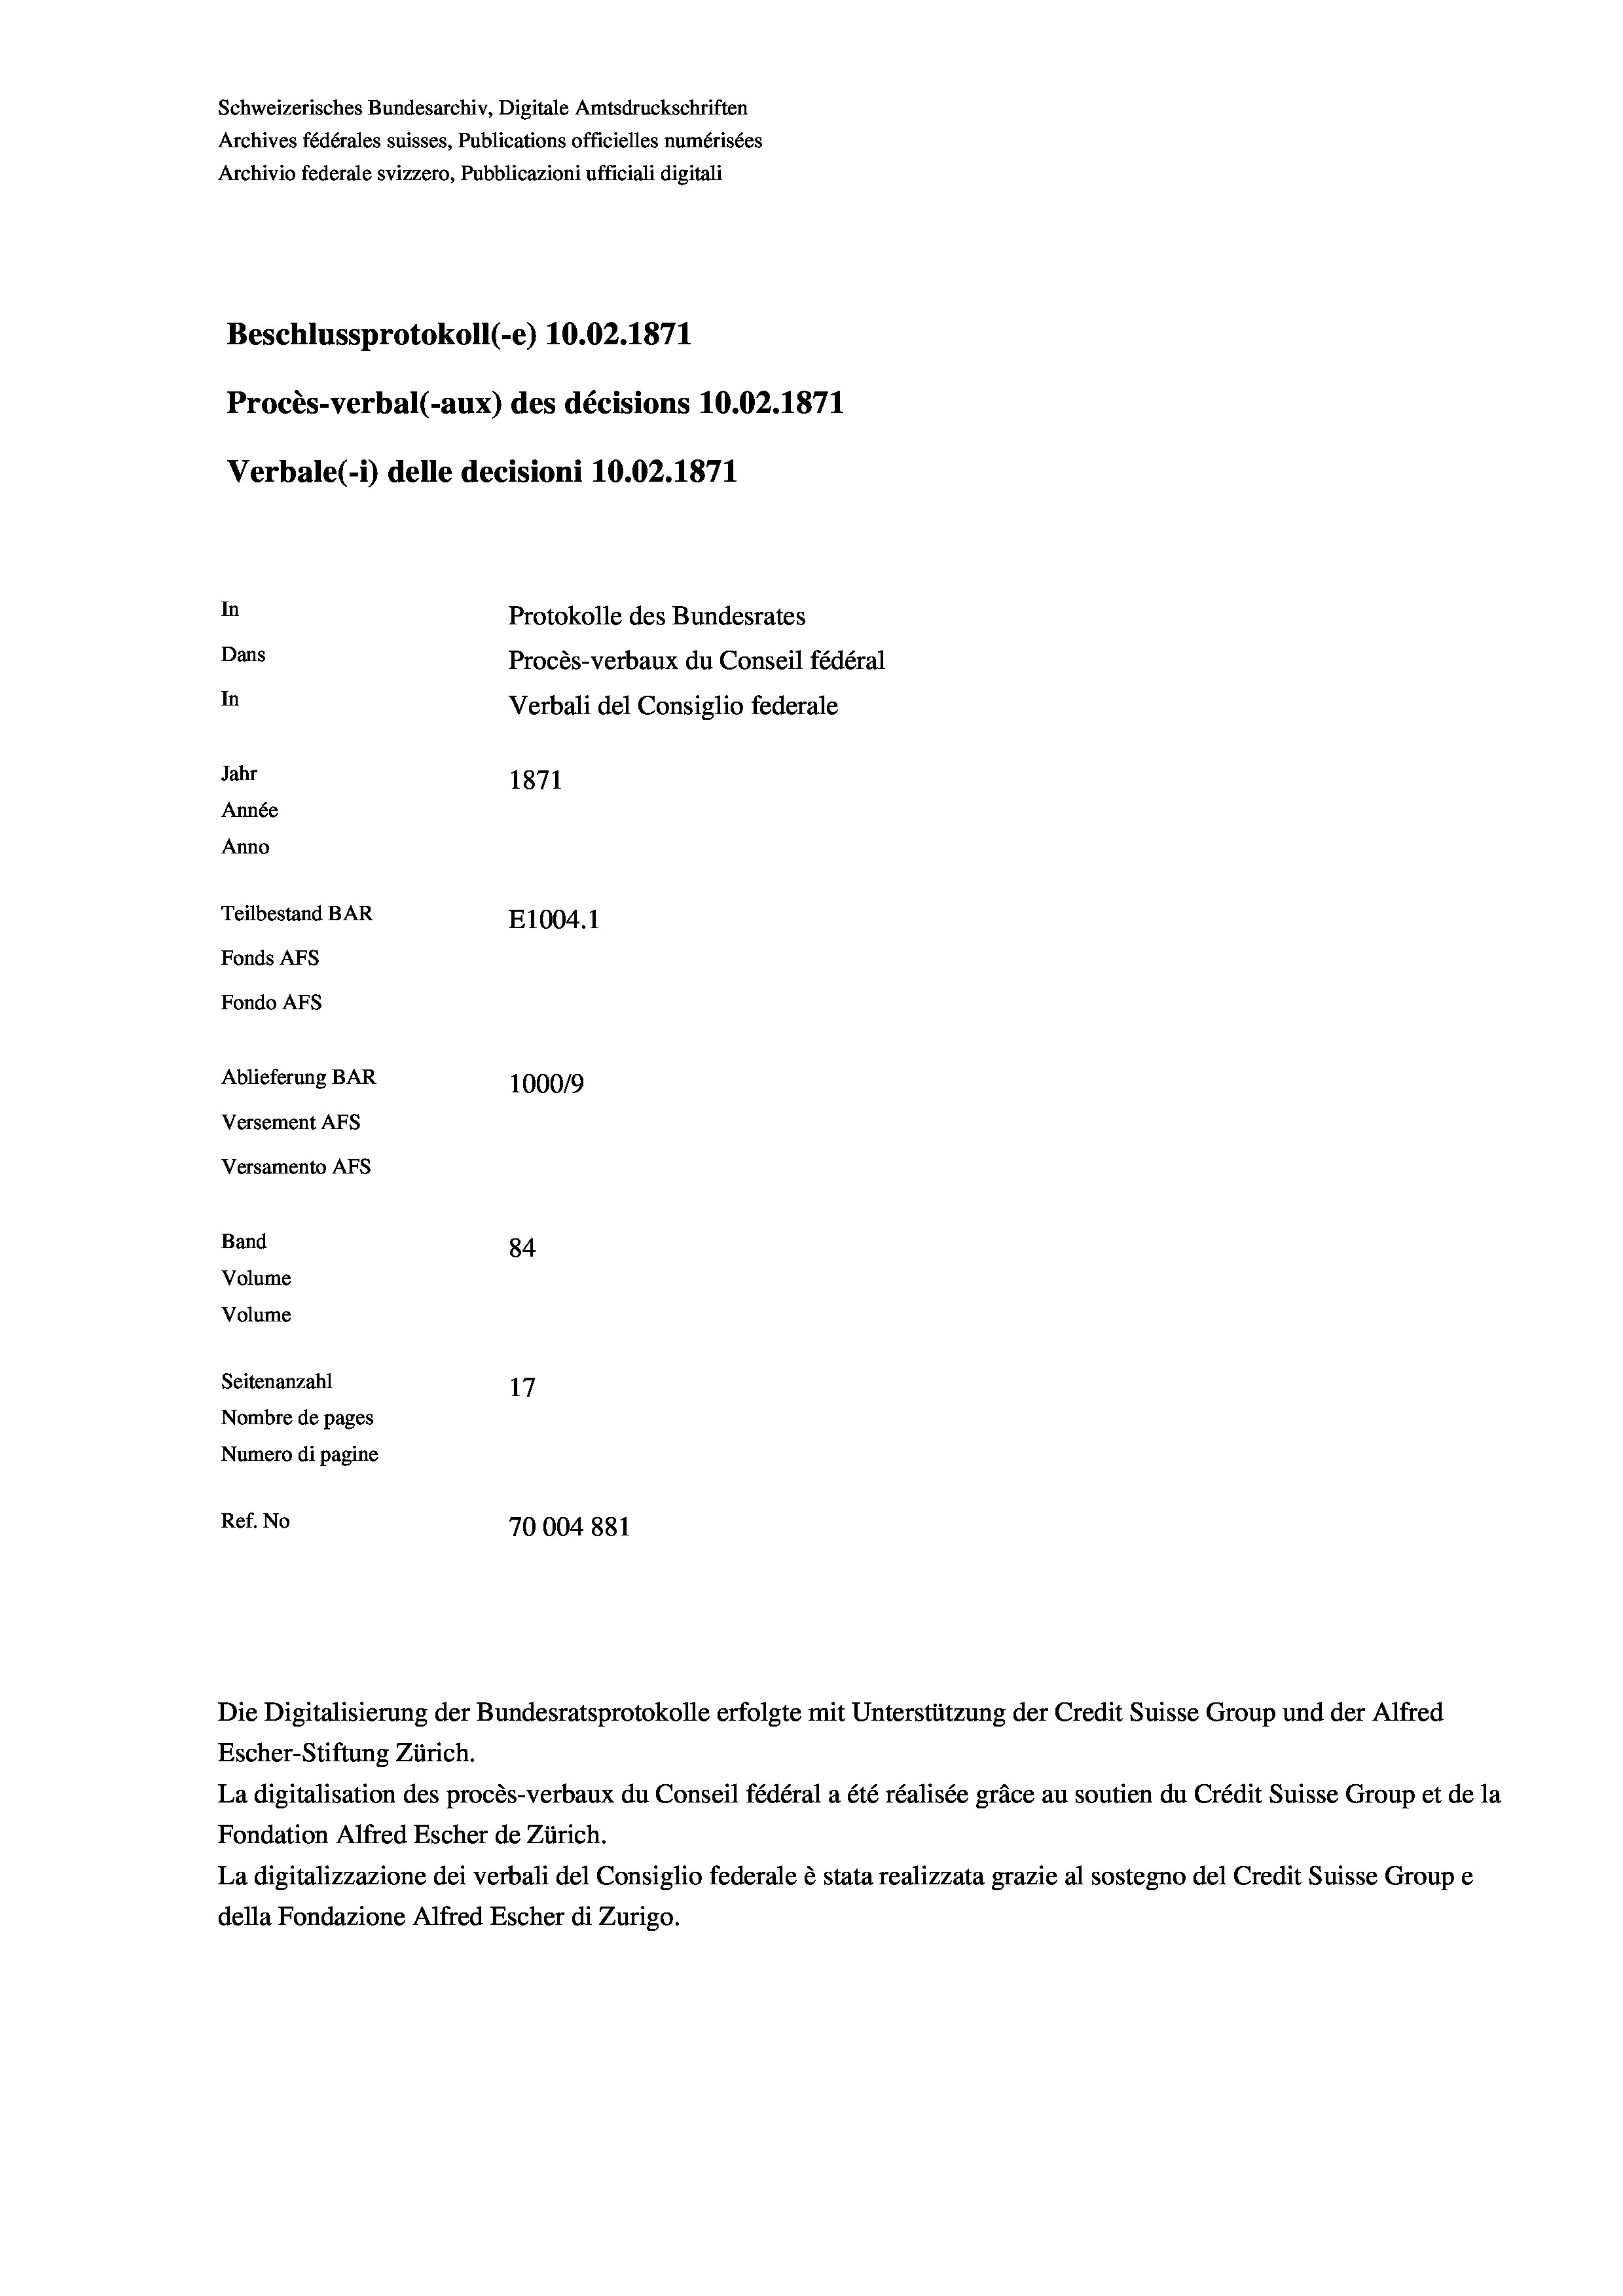
Schweizerisches Bundesarchiv, Digitale Amtsdruckschriften
Archives fédérales suisses, Publications officielles numérisées
Archivio federale svizzero, Pubblicazioni ufficiali digitali
Beschlussprotokoll (-e) 10.02. 1871
Procès-verbal (-aux) des décisions 10.02. 1871
Verbale (- 1) delle decisioni 10.02. 1871
In
Protokolle des Bundesrates
Dans
Procès-verbaux du Conseil fédéral
In
Verbali del Consiglio federale
Jahr
1871
Année
Anno
Teilbestand BAR
E1004. 1
Fonds AFs
Fondo AFs
Ablieferung BAR
100019
Versement Abs
Versamento Afs
Band
84
Volume
Volume
Seitenanzahl
17

Nombre de pages
Numero di pagine
Ref. No
70004881

Escher-Stiftung Zürich.
La digitalisation des procès-verbaux du Conseil fédéral a été réalisée gräce au soutien du Crédit Suisse Group et de la
Fondation Alfred Escher de Zürich.
La digitalizzazione dei verbali del Consiglio federale è stata realizzata grazie al sostegno del Credit Suisse Groupe
della Fondazione Alfred Escher di Zurigo.

Die Digitalisierung der Bundesratsprotokolle erfolgte mit Unterstützung der Credit Suisse Group und der Alfred